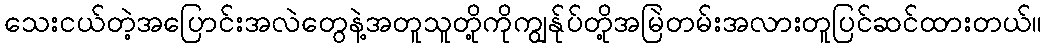
သေးငယ်တဲ့အပြောင်းအလဲတွေနဲ့အတူသူတို့ကိုကျွန်ုပ်တို့အမြဲတမ်းအလားတူပြင်ဆင်ထားတယ်။